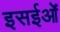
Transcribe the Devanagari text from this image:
इसईओं